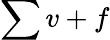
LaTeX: \sum v+f